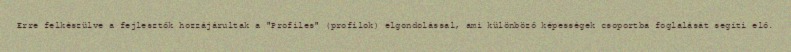
Erre felkészülve a fejlesztők hozzájárultak a "Profiles" (profilok) elgondolással, ami különböző képességek csoportba foglalását segíti elő.